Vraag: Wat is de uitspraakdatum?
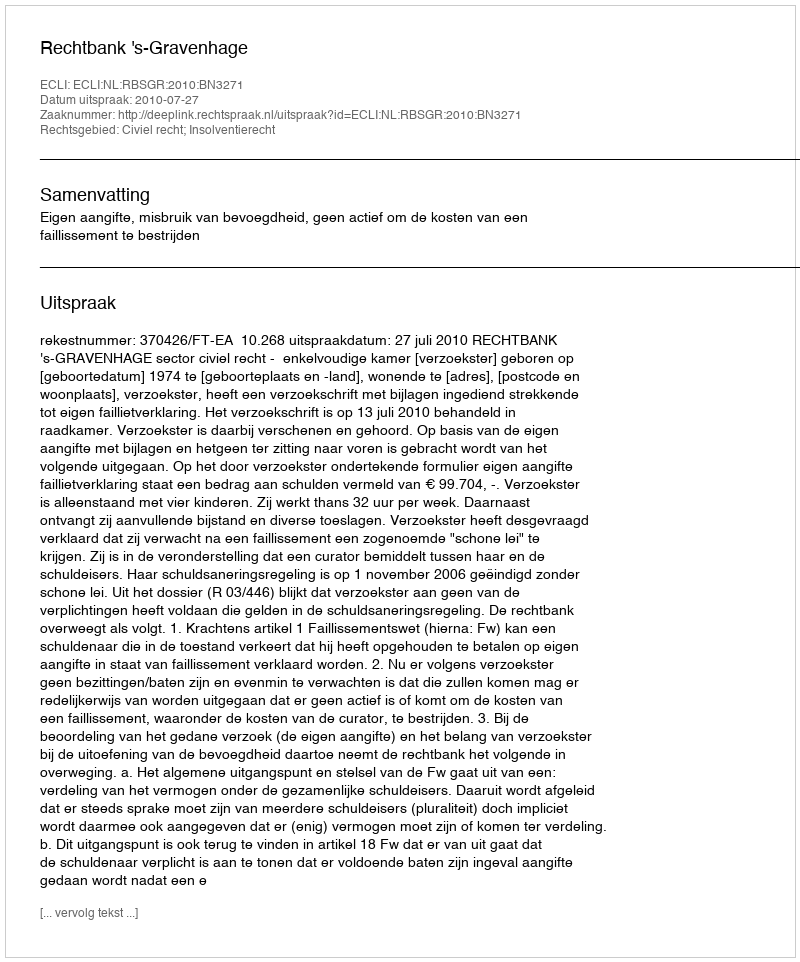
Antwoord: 2010-07-27